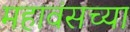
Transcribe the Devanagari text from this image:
महावंसच्या